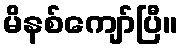
မိနစ်ကျော်ပြီ။